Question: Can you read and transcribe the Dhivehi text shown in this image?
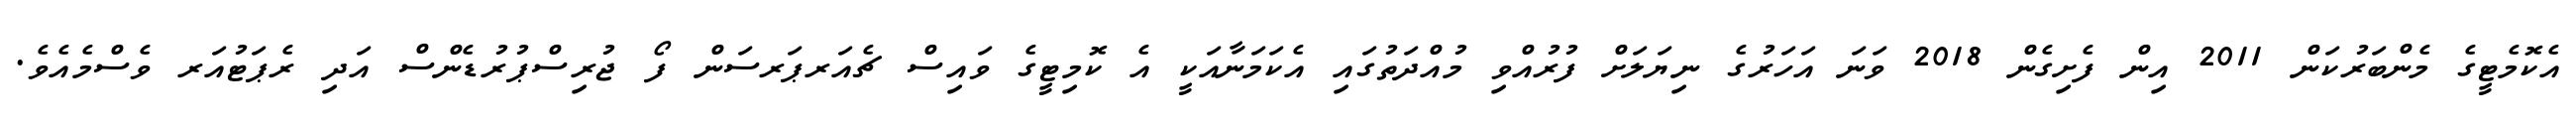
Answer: އެކޮމެޓީގެ މެންބަރުކަން 2011 އިން ފެށިގެން 2018 ވަނަ އަހަރުގެ ނިޔަލަށް ފުރުއްވި މުއްދަތުގައި އެކަމަނާއަކީ އެ ކޮމިޓީގެ ވައިސް ޗެއަރޕަރސަން ފޯ ޖުރިސްޕުރުޑެންސް އަދި ރެޕަޓުއަރ ވެސްމެއެވެ.